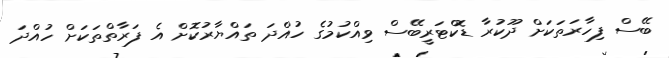
ބޭސް ފިހާރަތަކަށް ދޫކުރާ ޑޮކްޓަރީބޭސް ވިއްކުމުގެ ހުއްދަ ތައްޔާރުކޮށް އެ ފަރާތްތަކަށް ހުއްދަ